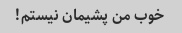
خوب من پشیمان نیستم!